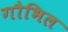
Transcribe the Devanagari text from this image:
गौभिल